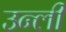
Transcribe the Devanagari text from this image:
उन्ली